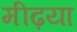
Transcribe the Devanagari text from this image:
मीढ़या